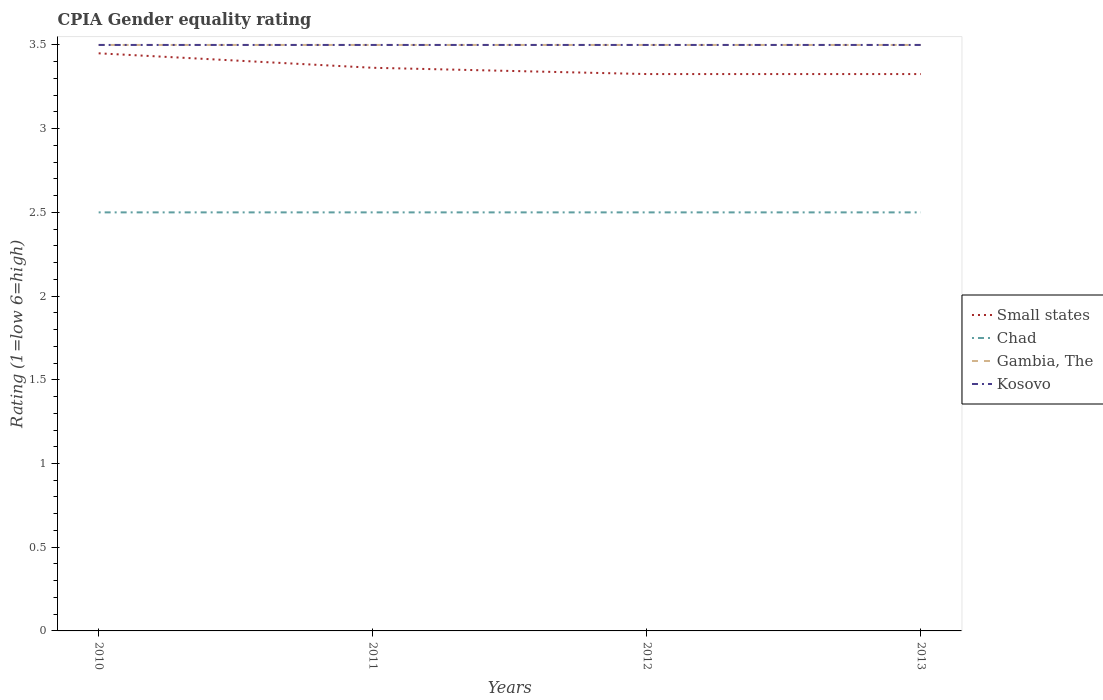
| Years | Small states | Chad | Gambia, The | Kosovo |
 | --- | --- | --- | --- | --- |
 | 2010 | 3.45 | 2.5 | 3.5 | 3.5 |
 | 2011 | 3.36 | 2.5 | 3.5 | 3.5 |
 | 2012 | 3.33 | 2.5 | 3.5 | 3.5 |
 | 2013 | 3.33 | 2.5 | 3.5 | 3.5 |